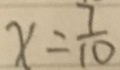
x = \frac { 7 } { 1 0 }